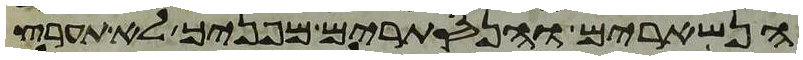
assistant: הנשארים והנסתרים מפניך לא תערץ